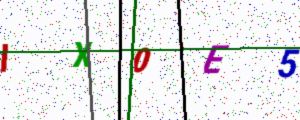
Text: IX0E5